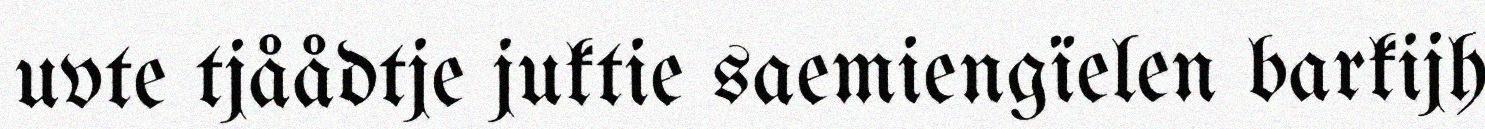
uvte tjåådtje juktie saemiengïelen barkijh